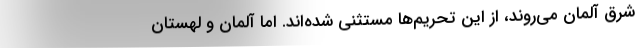
شرق آلمان می‌روند، از این تحریم‌ها مستثنی شده‌اند. اما آلمان و لهستان